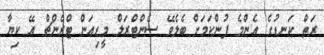
ރަތް ކަނޑުގެ އެންމެ ފުންކަމަށް ބެލެވޭ ސެންޓްރަލް މީޑިއަން ޓްރެންޗް އޭ ކިޔާ